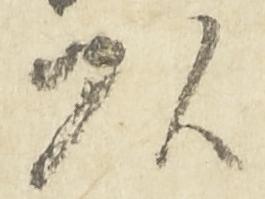
頭